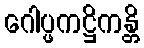
ဂေါပ္ဖကဋ္ဌိကန္တိ